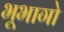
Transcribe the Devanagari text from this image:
भूभागो